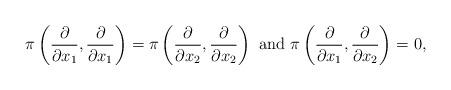
LaTeX: \begin{align*} \pi \left( \frac{\partial}{\partial x_1},\frac{\partial}{\partial x_1} \right) = \pi \left( \frac{\partial}{\partial x_2},\frac{\partial}{\partial x_2} \right) \mbox{ and } \pi \left( \frac{\partial}{\partial x_1},\frac{\partial}{\partial x_2} \right) =0,\end{align*}